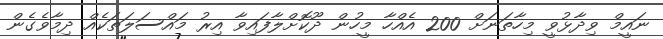
ނައީމް ވިދާޅުވީ މިހާތަނަށް 200 އެއްހާ މީހުން ދޫކޮށްލާފައިވާ އިރު މައްސަލަތަކެއް ދިމާވެގެން